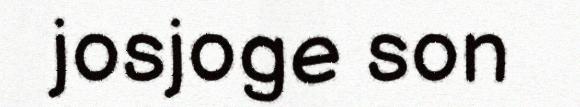
josjoge son